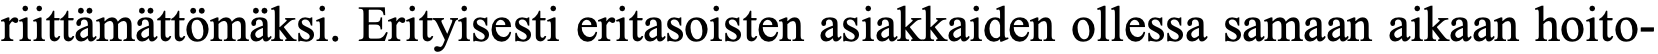
riittämättömäksi. Erityisesti eritasoisten asiakkaiden ollessa samaan aikaan hoito-